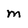
Character: m